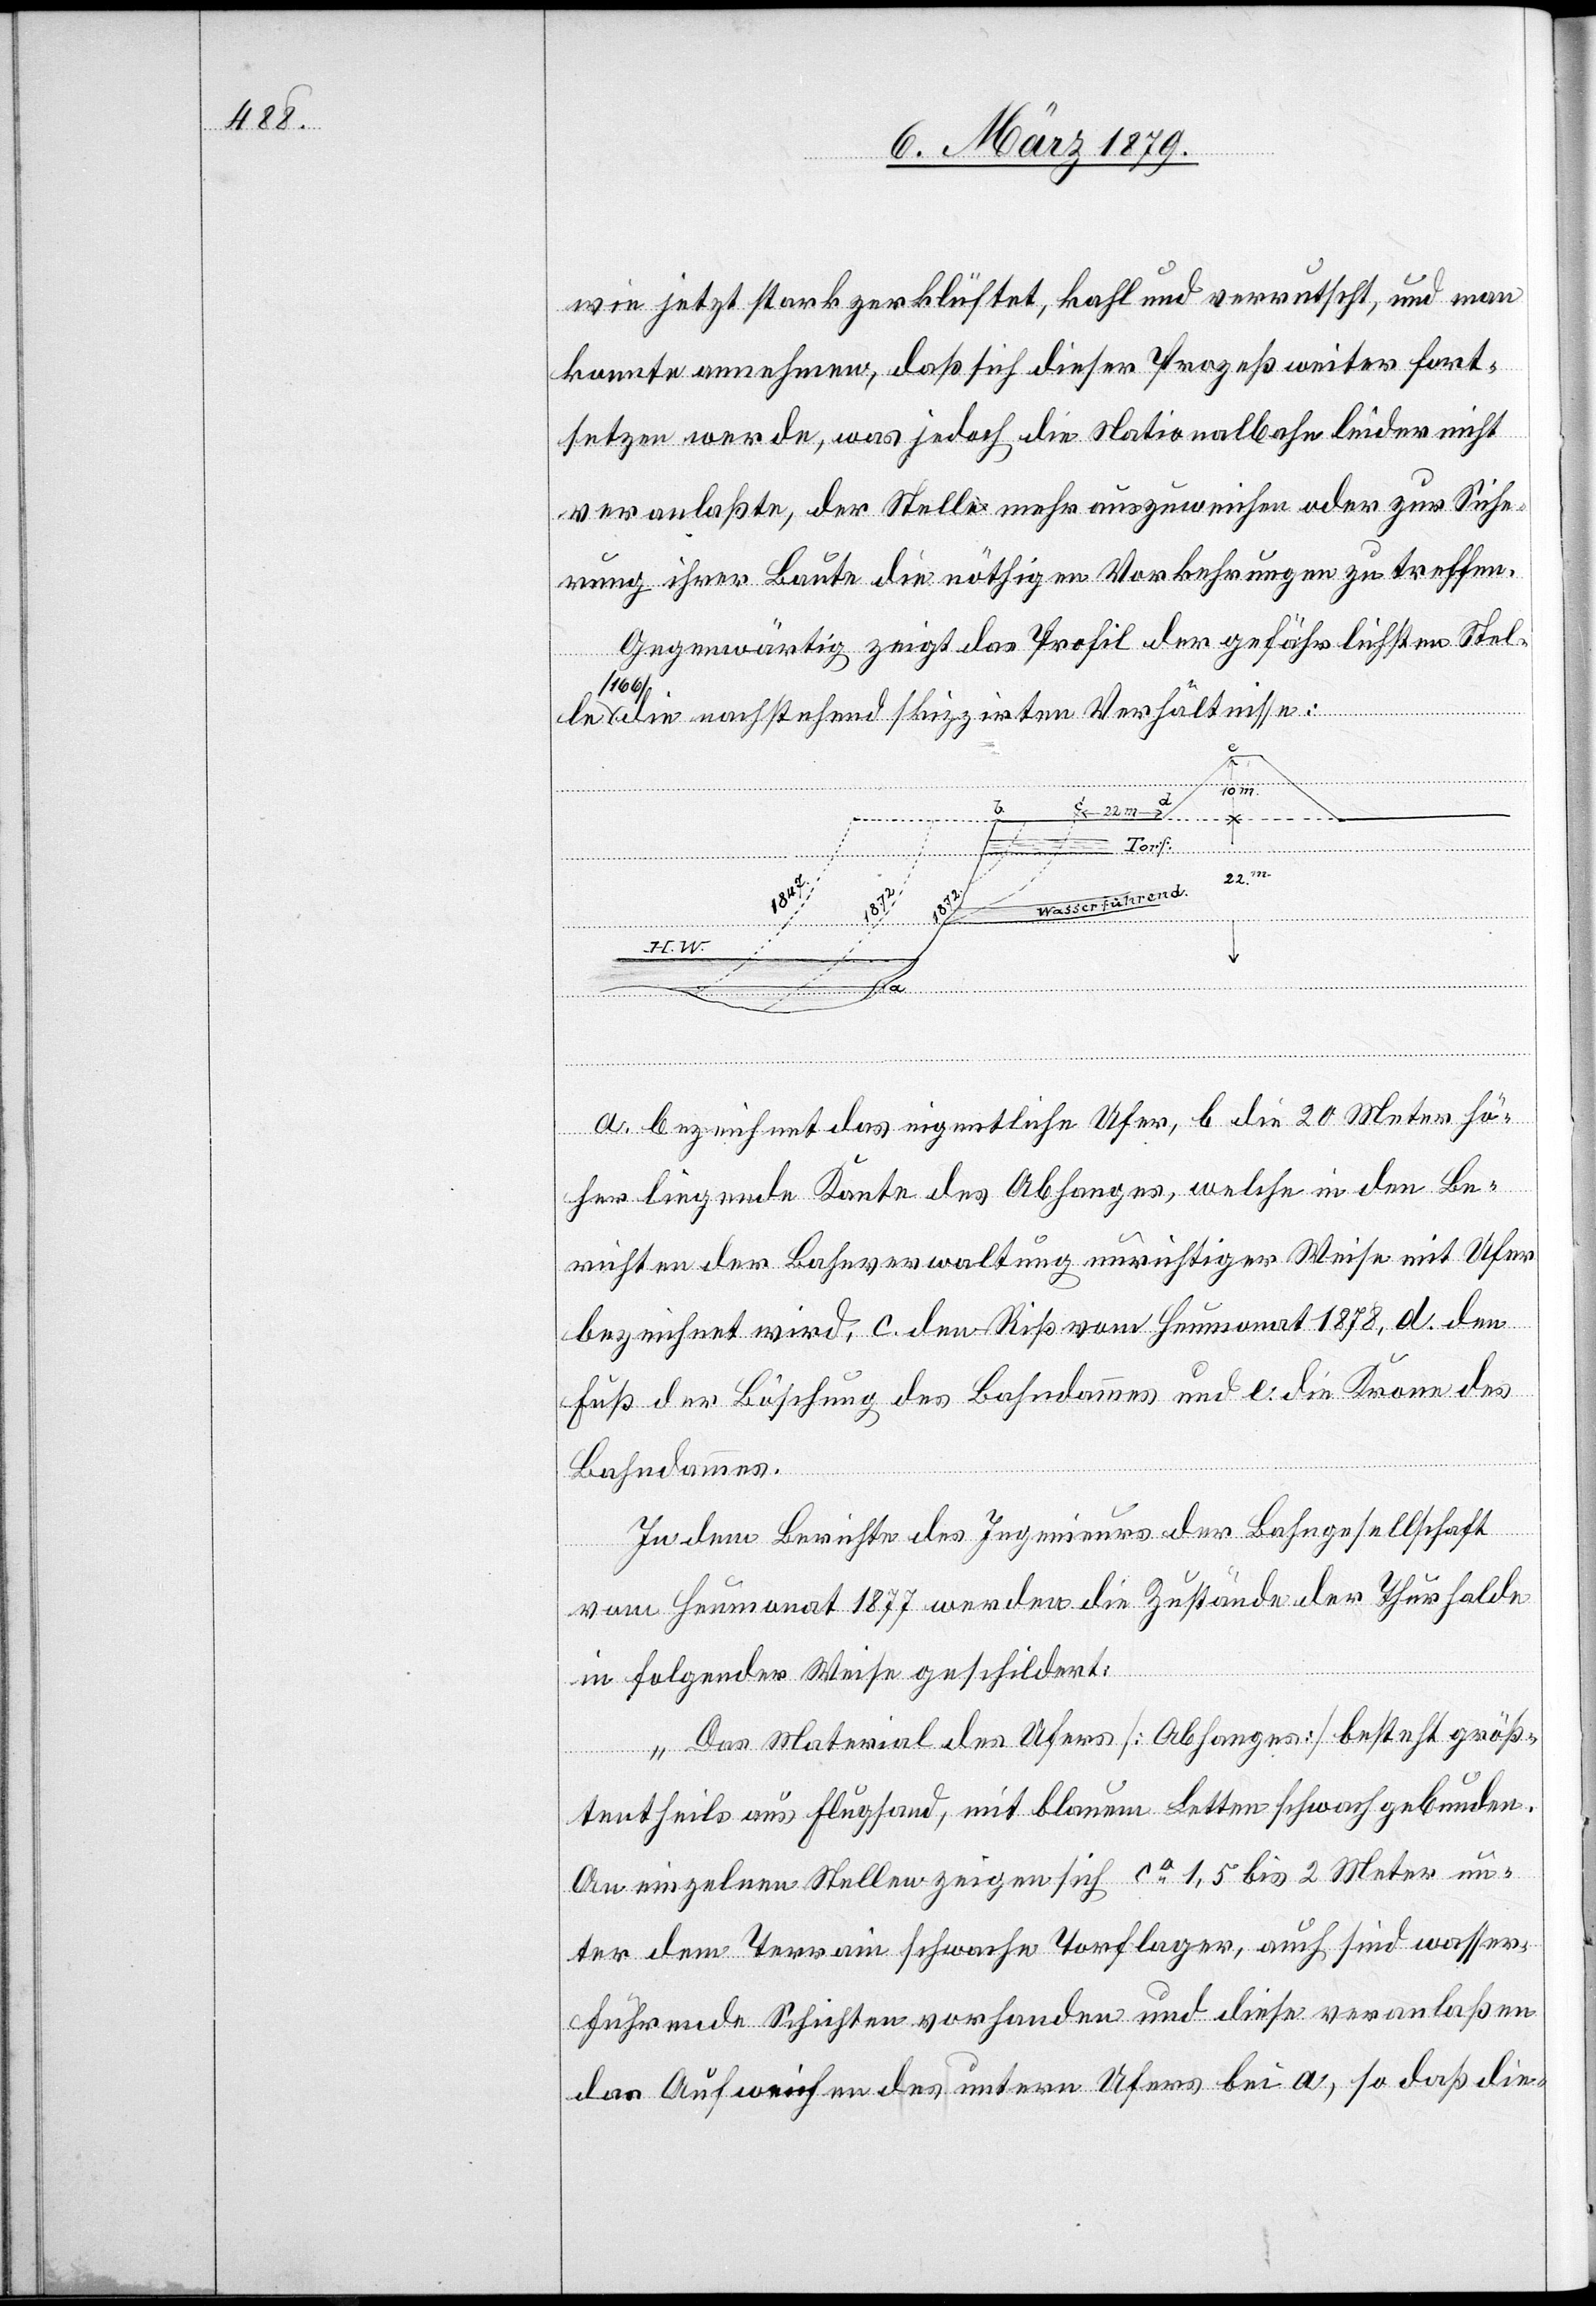
wie jetzt stark zerklüftet, kahl und verrutscht, und man
konnte annehmen, daß sich dieser Prozeß weiter fort¬
setzen werde, was jedoch die Nationalbahn leider nicht
veranlaßte, der Stelle mehr auszuweichen oder zur Siche¬
rung ihrer Baute die nöthigen Vorkehrungen zu treffen.
Gegenwärtig zeigt das Profil der gefährlichsten Stelle
[166]
die nachstehend skizzirten Verhältnisse:
[s.
O.]
a. bezeichnet das eigentliche Ufer, b. die 20 Meter hö¬
her liegende Kante des Abhanges, welche in den Be¬
richten der Bahnverwaltung unrichtiger Weise mit Ufer
bezeichnet wird, c. den Riß vom Heumonat 1878, d. den
Fuß der Böschung des Bahndammes und e. die Krone des
Bahndammes.
In dem Berichte des Ingenieurs der Bahngesellschaft
vom Heumonat 1877 werden die Zustände der Thurhalde
in folgender Weise geschildert:
„Das Material des Ufers [Abhanges] besteht größ¬
tentheils aus Flugsand, mit blauem Letten schwach gebunden.
An einzelnen Stellen zeigen sich ca 1,5 bis 2 Meter un¬
ter dem Terrain schwache Torflager, auch sind wasser¬
führende Schichten vorhanden und diese veranlaßen
das Aufweichen des untern Ufers bei a, so daß die-